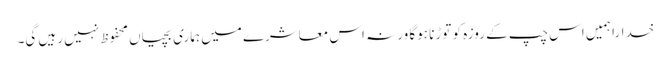
خدارا ہمیں اس چپ کے روزہ کو توڑنا ہوگا ورنہ اس معاشرے میں ہماری بچیاں محفوظ نہیں رہیں گی۔